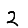
Digit: 2